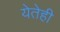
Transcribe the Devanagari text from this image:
येतेही